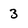
Character: 3